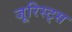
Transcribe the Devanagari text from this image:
जूरिस्ट्स